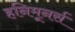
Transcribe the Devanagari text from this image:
हनिमूनर्स